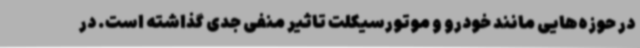
در حوزه‌هایی مانند خودرو و موتورسیکلت تاثیر منفی جدی گذاشته است. در